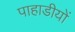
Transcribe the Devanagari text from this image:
पाहाडीयों